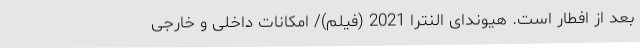
بعد از افطار است. هیوندای النترا 2021 (فیلم)/ امکانات داخلی و خارجی